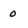
Character: 0